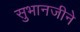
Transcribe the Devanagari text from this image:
सुभानजीने